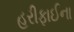
હરીફાઈના